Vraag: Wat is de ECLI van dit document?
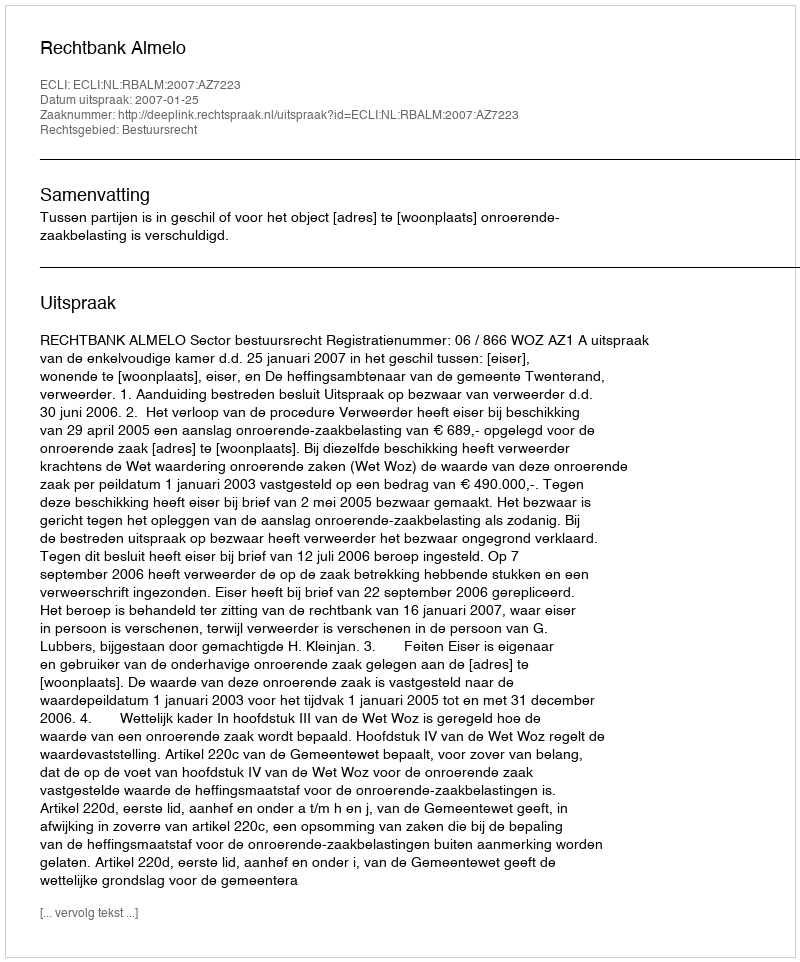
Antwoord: ECLI:NL:RBALM:2007:AZ7223